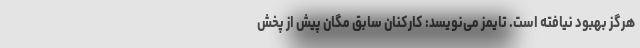
هرگز بهبود نیافته است. تایمز می‌نویسد: کارکنان سابق مگان پیش از پخش